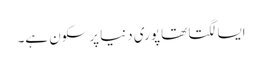
ایسا لگتا تھا پوری دنیا پرسکون ہے۔